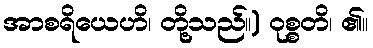
အာစရိယေဟိ၊ တို့သည်။) ဝုစ္စတိ၊ ၏။